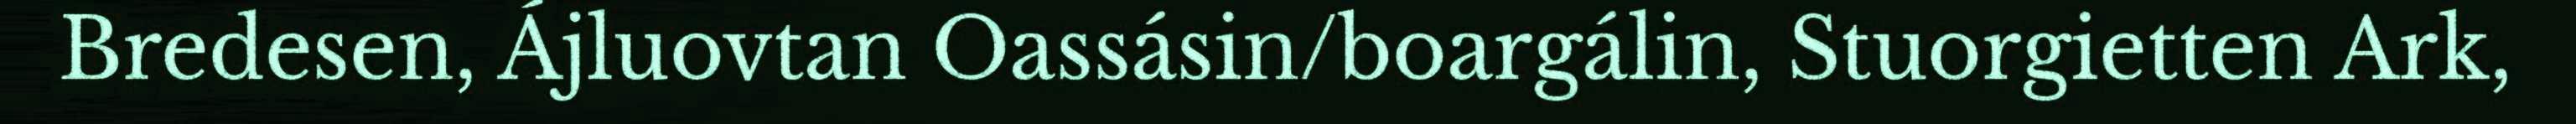
Bredesen, Ájluovtan Oassásin/boargálin, Stuorgietten Ark,